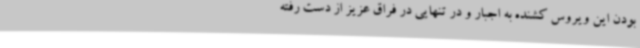
بودن این ویروس کشنده به اجبار و در تنهایی در فراق عزیز از دست رفته